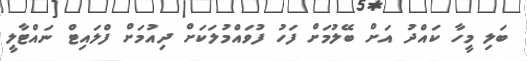
ބަލި މީހާ ކައްދު އަށް ބޭލުމަށް ފަހު ފުވައްމުލަކަށް ދިއުމަށް ފްލައިޓް ނައްޓާލީ